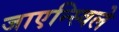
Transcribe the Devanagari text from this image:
जाएन्स्विले